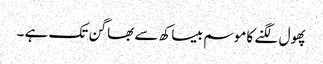
پھول لگنے کا موسم بیساکھ سے بھاگن تک ہے ۔